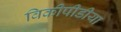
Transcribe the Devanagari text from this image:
विकीपीडीया